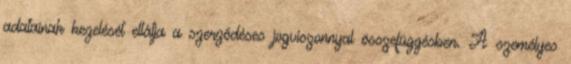
adatainak kezelését ellátja a szerződéses jogviszonnyal összefüggésben. A személyes